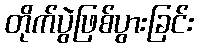
တိုက်ပွဲဖြစ်ပွားခြင်း